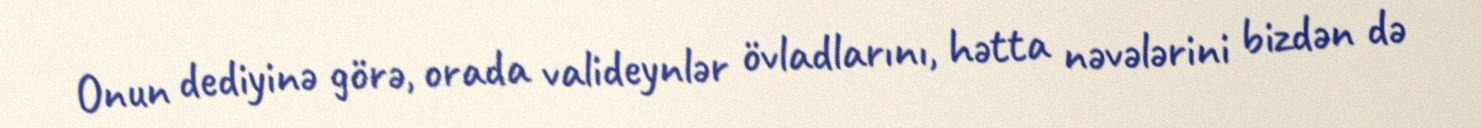
Onun dediyinə görə, orada valideynlər övladlarını, hətta nəvələrini bizdən də